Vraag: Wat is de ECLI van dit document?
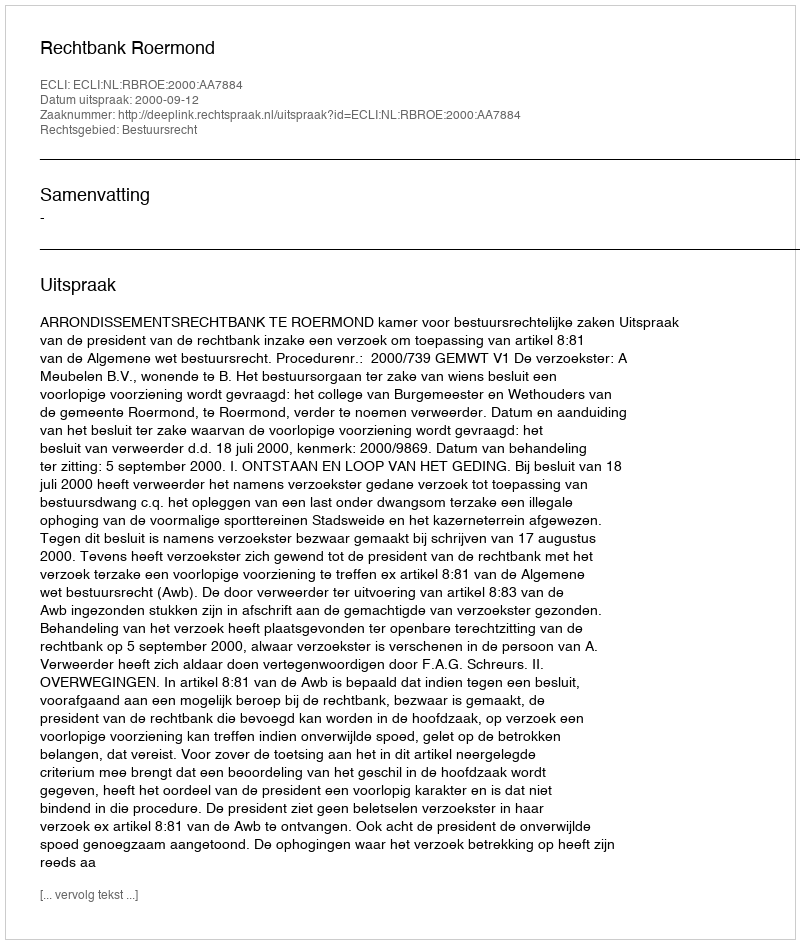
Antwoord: ECLI:NL:RBROE:2000:AA7884